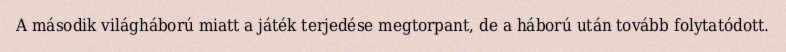
A második világháború miatt a játék terjedése megtorpant, de a háború után tovább folytatódott.